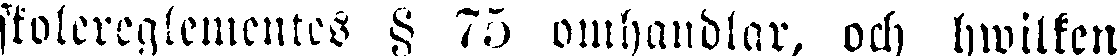
skolereglementes § 75 omhandlar, och hwilken